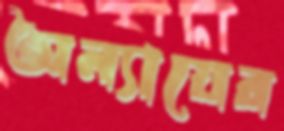
অন্যায়ের